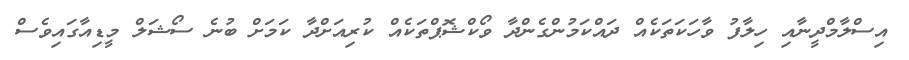
އިސްލާމްދީނާއި ހިލާފު ވާހަކަތަކެއް ދައްކަމުންގެންދާ ވޯކްޝޮޕްތަކެއް ކުރިއަށްދާ ކަމަށް ބުނެ ސޯޝަލް މީޑިއާގައިވެސް